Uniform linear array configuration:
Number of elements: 64
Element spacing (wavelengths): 1
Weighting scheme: uniform
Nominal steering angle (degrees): -30
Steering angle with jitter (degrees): -30.929
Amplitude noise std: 0.05
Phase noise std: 0.05

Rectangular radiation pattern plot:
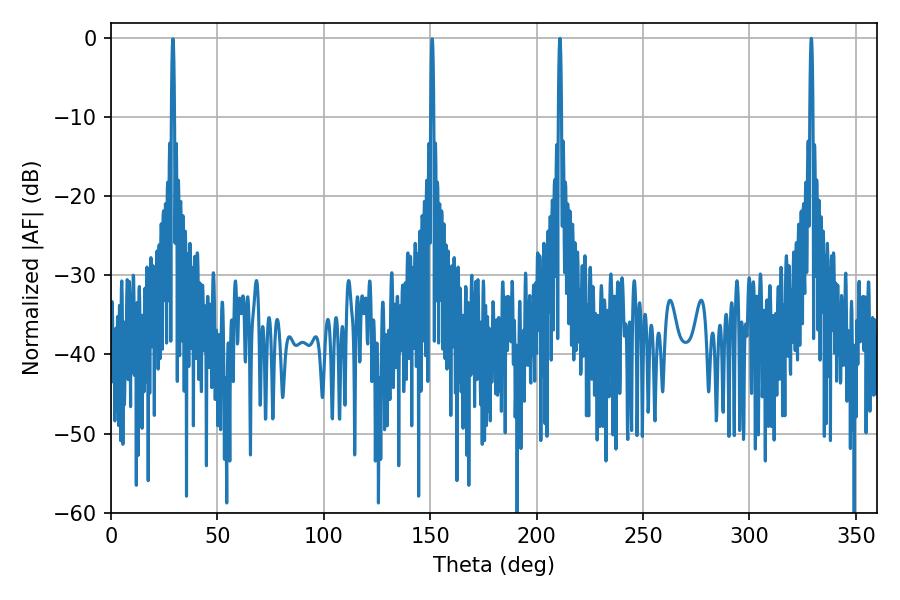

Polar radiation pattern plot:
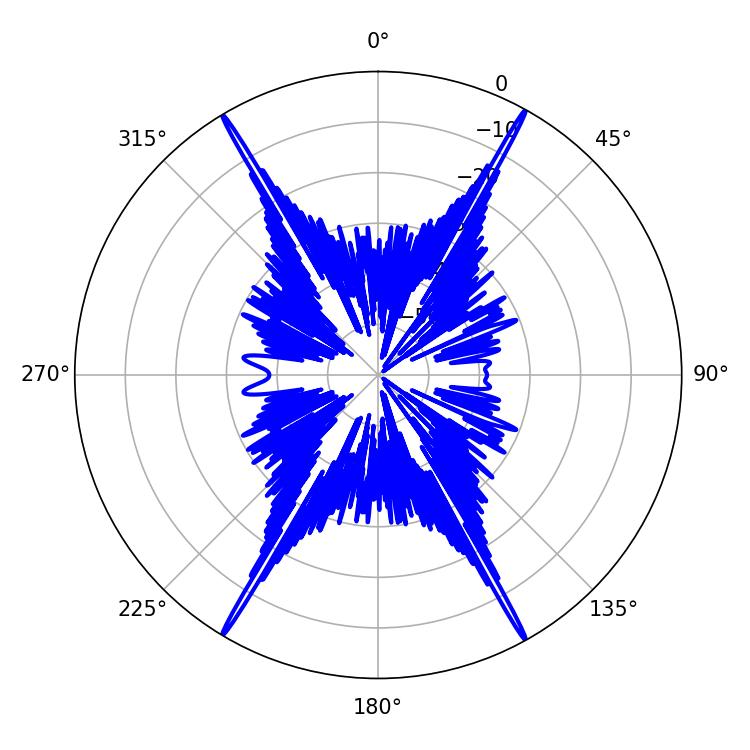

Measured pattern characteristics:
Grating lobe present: TRUE
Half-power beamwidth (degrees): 0.72
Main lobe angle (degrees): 329.04